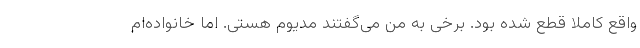
واقع کاملا قطع شده بود. برخی به من می‌گفتند مدیوم هستی. اما خانواده‌ام